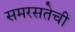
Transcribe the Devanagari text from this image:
समरसतेची